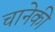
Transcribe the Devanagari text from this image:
चानेकी